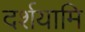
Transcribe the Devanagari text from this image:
दर्शयामि